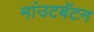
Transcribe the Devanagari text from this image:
मांउटबॅटन